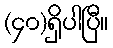
(၄၀)ရှိပါပြီ။